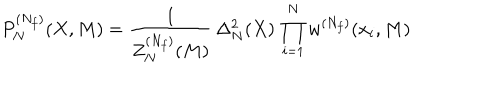
P _ { N } ^ { ( N _ { f } ) } ( X , M ) = \frac { 1 } { Z _ { N } ^ { ( N _ { f } ) } ( M ) } \, \Delta _ { N } ^ { 2 } ( X ) \, \prod _ { i = 1 } ^ { N } w ^ { ( N _ { f } ) } ( x _ { i } , M )